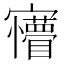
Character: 𡬆